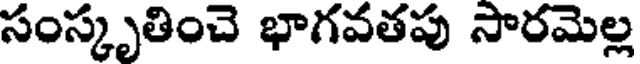
సంస్కృతించె భాగవతపు సారమెల్ల